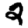
Digit: 2